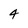
Character: 4